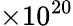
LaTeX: \times 10^{20}